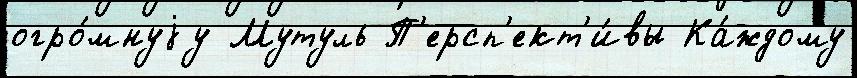
огро́мнуjу Мутуль П'ерсп'ект'и́вы Ка́ждому